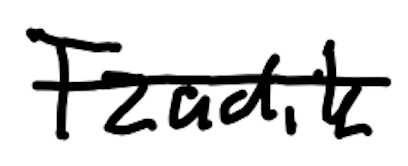
Text: Tzadik
Cross-out: single-line
Writing tool: digital_black